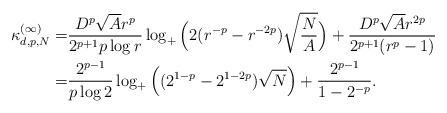
\begin{align*}\kappa_{d,p,N}^{(\infty)}=&\frac{D^p\sqrt{A} r^p}{2^{p+1}p \log r}\log_+\Big(2(r^{-p}-r^{-2p})\sqrt{\frac N A}\Big) +\frac{D^p\sqrt{A} r^{2p}}{2^{p+1}(r^p-1)}\\=&\frac{2^{p-1}}{p\log 2} \log_+\Big((2^{1-p}-2^{1-2p})\sqrt N \Big)+ \frac{2^{p-1}}{1-2^{-p}}.\end{align*}